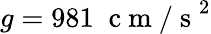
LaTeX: g=981\; \mathrm{~c~m~/~s~}^{2}